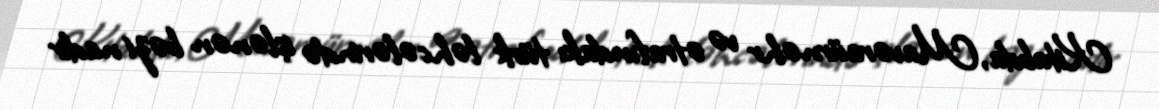
Kitabda, Mavəraürnəhr və ətrafındakı türk ləhcələrində işlənən bəzi nadir